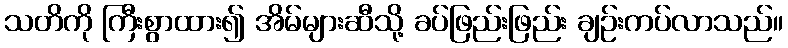
သတိကို ကြီးစွာထား၍ အိမ်များဆီသို့ ခပ်ဖြည်းဖြည်း ချဉ်းကပ်လာသည်။